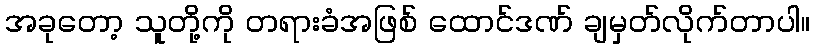
အခုတော့ သူတို့ကို တရားခံအဖြစ် ထောင်ဒဏ် ချမှတ်လိုက်တာပါ။